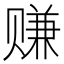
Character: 赚